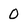
Character: 0